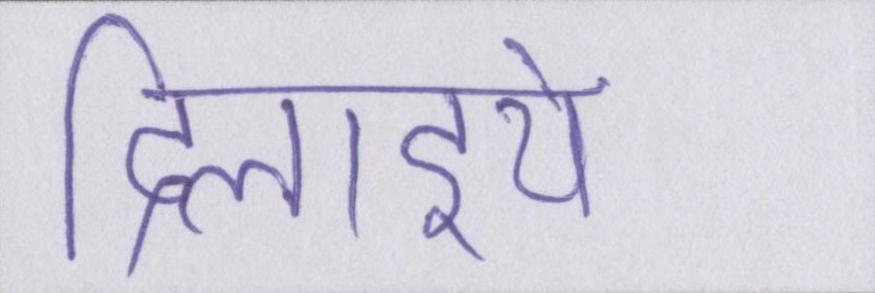
दिलाइये